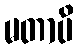
မတာပိ